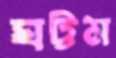
ঘট্টম